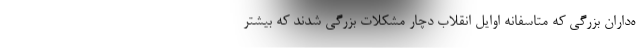
ه‌داران بزرگی که متاسفانه اوایل انقلاب دچار مشکلات بزرگی شدند که بیشتر